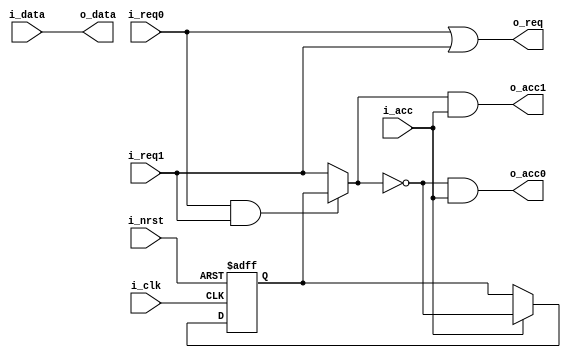
module arb_out_2_rr(
	input				         i_clk,
	input				         i_nrst,
	input				         i_req0,
   input                   i_req1,	
   input    [p_width-1:0]  i_data,
   input                   i_acc,
	output	               o_acc0,
	output	               o_acc1,
   output                  o_req, 
   output   [p_width-1:0]  o_data
);

   parameter p_width = 1;

   // The winner of the contest will be the loser next time 
   wire     contest,
            winner;
   reg      rr;

   assign o_data     = i_data;
   assign contest    = i_req0 & i_req1;
   assign winner     = (contest) ? rr : i_req1;  
   assign o_req      = i_req0 | i_req1;
   assign o_acc0     = ~winner & i_acc;
   assign o_acc1     = winner & i_acc;
   	
   always@(posedge i_clk or negedge i_nrst) begin
		if(!i_nrst) begin
         rr <= 1'b0; 
		end else begin
         if(i_acc)
            rr <= ~winner;
		end
	end
endmodule